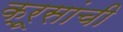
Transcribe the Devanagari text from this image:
क्रूसांची